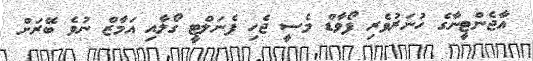
އާޖެންޓީނާގެ ހުނަރުވެރި ފޯވާޑް މެސީ ޖެހި ޕެނަލްޓީ ގޯލާއި އަމާޒް ނުވެ ބޭރަށް